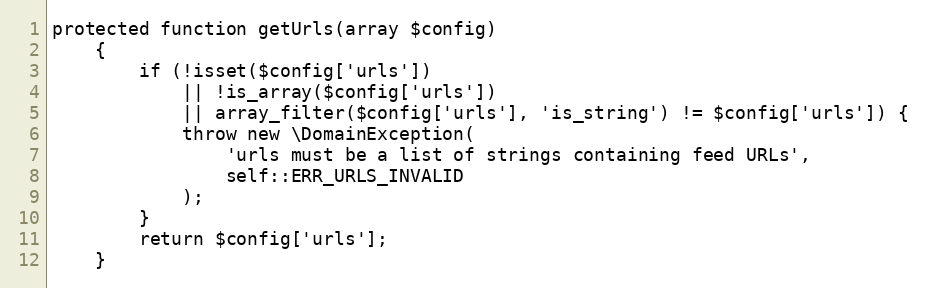
Language: PHP
protected function getUrls(array $config)
    {
        if (!isset($config['urls'])
            || !is_array($config['urls'])
            || array_filter($config['urls'], 'is_string') != $config['urls']) {
            throw new \DomainException(
                'urls must be a list of strings containing feed URLs',
                self::ERR_URLS_INVALID
            );
        }
        return $config['urls'];
    }